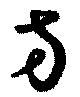
方